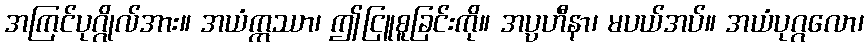
အကြင်ပုဂ္ဂိုလ်အား။ အယံဣဿာ၊ ဤငြူစူခြင်းကို။ အပ္ပဟီနာ၊ မပယ်အပ်။ အယံပုဂ္ဂလော၊